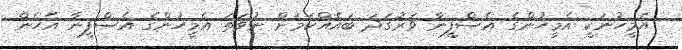
އެމީހުނަކީ އެމީހުންގެ އެސްފީނާ ވަރުގަދަ ބައެއްކަމަށް ނުވަތަ އެމީހުންގެ އެސްފީނާ އެހެން